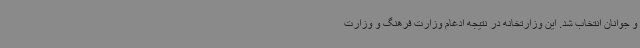
و جوانان انتخاب شد. این وزارتخانه در نتیجه ادغام وزارت فرهنگ و وزارت